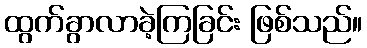
ထွက်ခွာလာခဲ့ကြခြင်း ဖြစ်သည်။